Medical and sanitary report of the native army of Madras for the year
Year: 1877
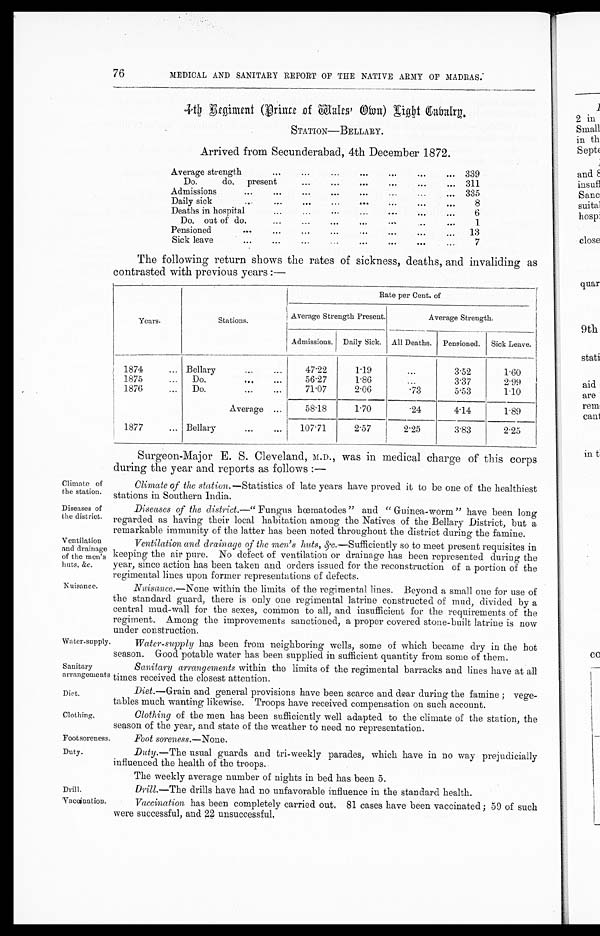
Climate of
the station.
Diseases of
the district.
Ventilation
and drainage
of the men's
huts, &c.
Nuisance.
Diet.
Clothing,
76
MEDICAL AND SANITARY REPORT OF THE NATIVE ARMY OF MADRAS:
4th Regiment (Prince of Wales' Own) Light Gabalry.
STATION—BELLARY.
Arrived from Secunderabad, 4th December 1872.
Average strength
... ...
...
...
...
...
... 339
Do.
do. present
...
...
...
...
...
... 311
Admissions
...
...
...
...
...
...
...
... 335
Daily sick
...
...
...
...
... ...
...
...
8
Deaths in hospital
... ... ... ... ... ... ...
6
Do. out of do.
...
...
... ... ... ... ...
1
Pensioned
... ... ... ... ...
...
...
...
13
Sick leave
... ...
...
...
...
...
...
...
7
The following return shows the rates of sickness, deaths, and invaliding as
contrasted with previous years :—
Years.
Stations.
Rate per Cent. of
Average Strength Present.
Average Strength.
Admissions.
Daily Sick.
All Deaths.
Pensioned.
Sick Leave.
1874
... Bellary
... ...
47.22
1.19
...
3.52
1.60
1875
...
Do.
... ...
56.27
1.86
...
3.37
2.99
1876
...
Do.
...
...
71.07
2.06
. 7 3
5.53
1.10
Average ...
58.18
1.70
.24
4.14
1.89
1877
... Bellary
... ...
107.71
2.57 2.25
3.83
2.25
Surgeon-Major E. S. Cleveland, M.D., was in medical charge of this corps
during the year and reports as follows :—
Climate of the station.—Statistics of late years have proved it to be one of the healthiest
stations in Southern India.
Diseases of the district.—" F u n g u s h o e ma t o d e s " a n d " Gu i n e a - wo r m " h a v e b e e n l o n g
regarded as having their local habitation among the Natives of the Bellary District, but a
remarkable immunity of the latter has been noted throughout the district during the famine.
Ventilation and drainage of the men's huts, &c.— Sufficiently so to meet present requisites in
keeping the air pure. No defect of ventilation or drainage has been represented during the
year, since action has been taken and orders issued for the reconstruction of a portion of the
regimental lines upon former representations of defects.
Nuisance.— None within the limits of the regimental lines. Beyond a small one for use of
the standard guard, there is only one regimental latrine constructed of mud, divided by a
central mud-wall for the sexes, common to all, and insufficient for the requirements of the
regiment. Among the improvements sanctioned, a proper covered stone-built latrine is now
under construction.
Water-supply.
Sanitary
arrangements
Water-supply has been from neighboring wells, some of which became dry in the hot
season. Good potable water has been supplied in sufficient quantity from some of them.
Sanitary arrangements within the limits of the regimental barracks and lines have at all
times received the closest attention.
Diet .—Grain and general provisions have been scarce and dear during the famine ; vege-
tables much wanting likewise. Troops have received compensation on such account.
Clothing of the men has been sufficiently well adapted to the climate of the station, the
season of the year, and state of the weather to need no representation.
Footsoreness.
Foot soreness.— None .
Duty.
Drill.
Duty.— The usual guards and tri-weekly parades, which have in no way prejudicially
influenced the health of the troops..
The weekly average number of nights in bed has been 5.
Drill.—The drills have had no unfavorable influence in the standard health.
Vaccination.
Vaccination has been completely carried out. 81 cases have been vaccinated ; 59 of such
were successful, and 22 unsuccessful,